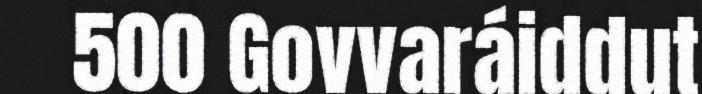
500 Govvaráiddut